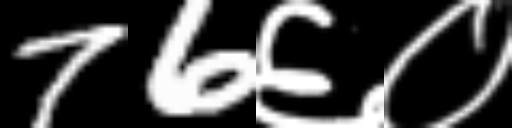
Text: 76६०